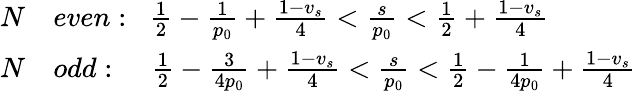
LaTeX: \begin{array}{rl}{{N}}&{{even:\; \; \frac{1}{2}-\frac{1}{p_{0}}+\frac{1-v_{s}}{4}<\frac{s}{p_{0}}<\frac{1}{2}+\frac{1-v_{s}}{4}}}\\ {{N}}&{{odd:\; \; \; \; \frac{1}{2}-\frac{3}{4p_{0}}+\frac{1-v_{s}}{4}<\frac{s}{p_{0}}<\frac{1}{2}-\frac{1}{4p_{0}}+\frac{1-v_{s}}{4}}}\end{array}